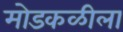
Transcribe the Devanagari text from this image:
मोडकळीला